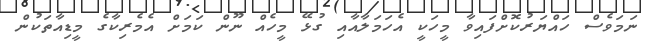
ނަމަވެސް ހައްޔަރުކޮށްފައިވާ މީހަކީ އެހަމަލާއާއި ގުޅޭ މީހެއް ނޫން ކަމަށް އެމެރިކާގެ މީޑިއާތަކުން